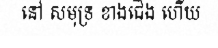
នៅ សមុទ្រ ខាងជើង ហើយ